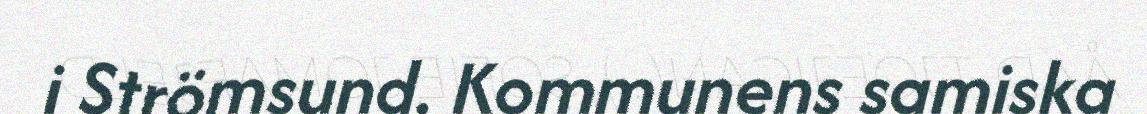
i Strömsund. Kommunens samiska